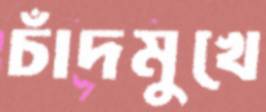
চাঁদমুখে